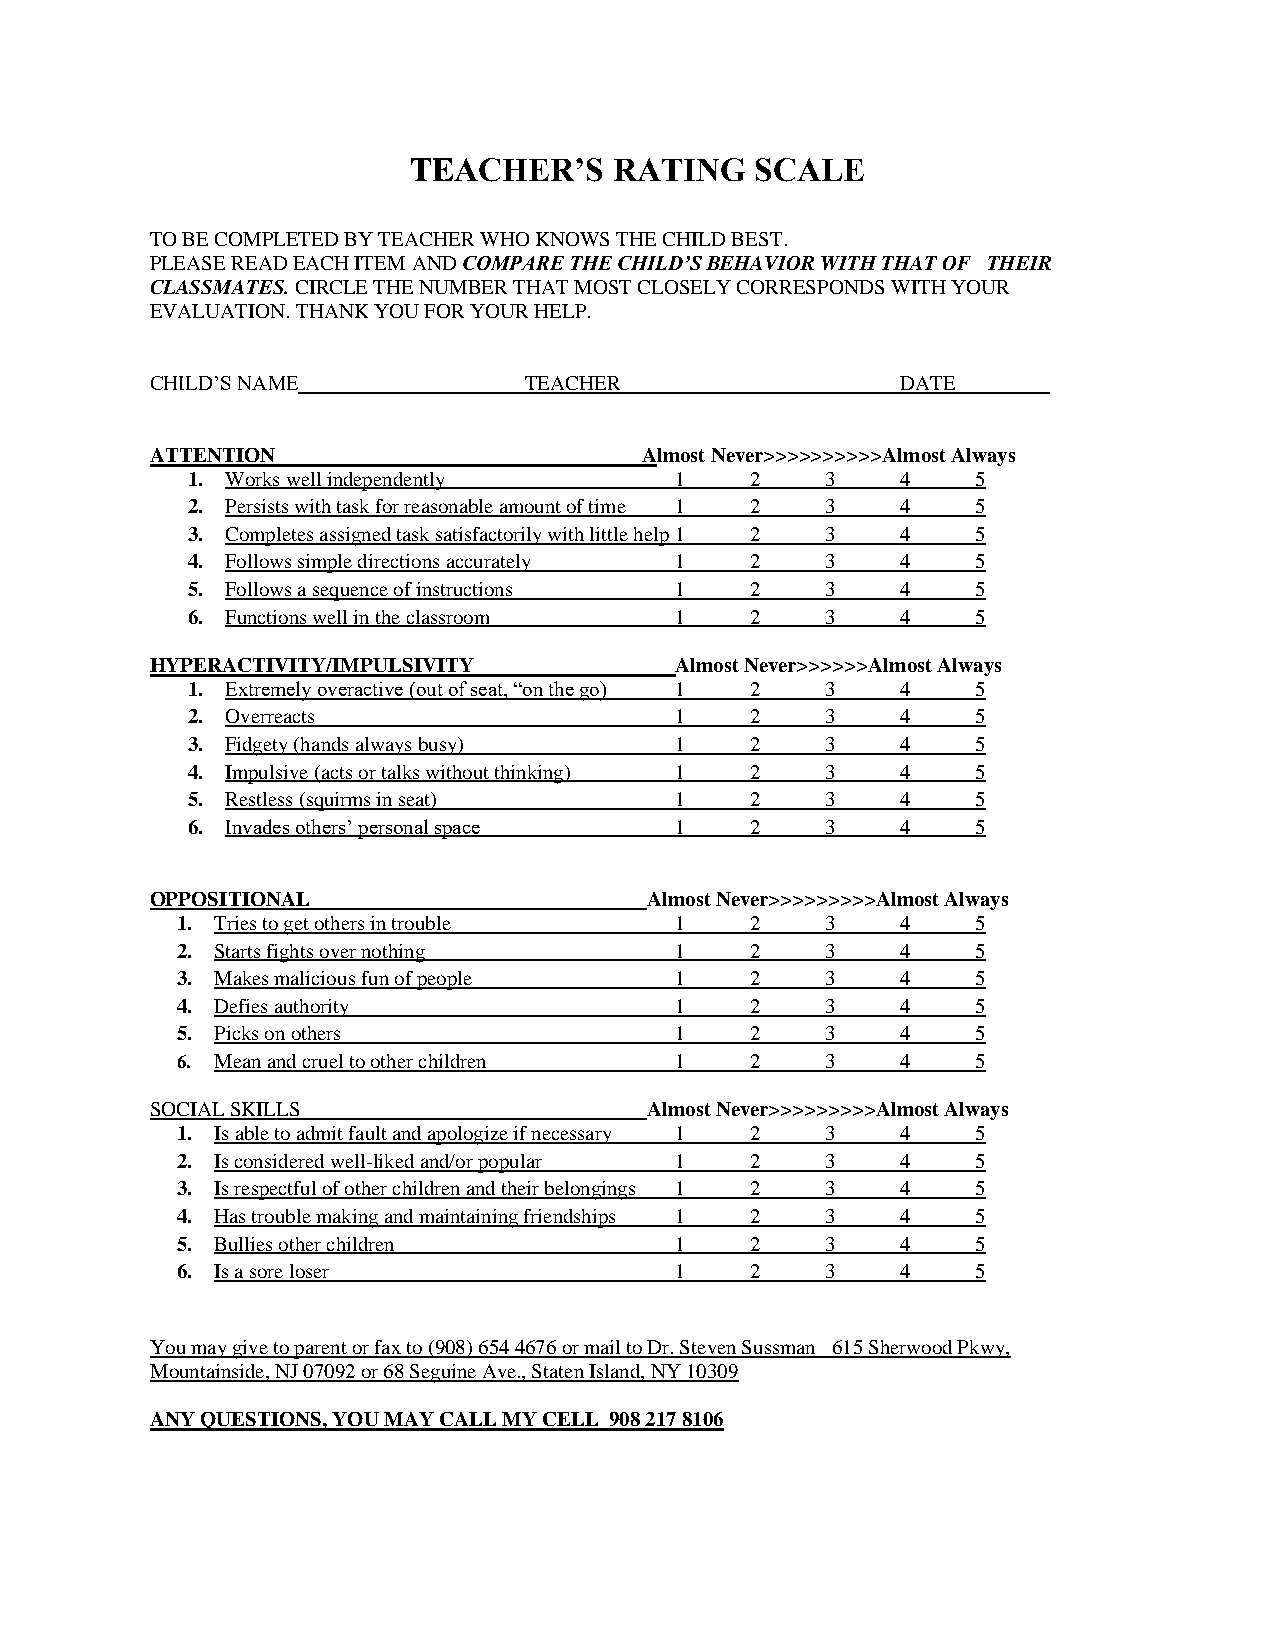
TEACHER’S     RATING   SCALE
 TO BE COMPLETED BY TEACHER WHO KNOWS THE CHILD BEST.
 PLEASE READ EACH ITEM AND COMPARE THE CHILD’S BEHAVIOR WITH THAT OF THEIR
 CLASSMATES. CIRCLE THE NUMBER THAT MOST CLOSELY CORRESPONDS WITH YOUR
 EVALUATION. THANK YOU FOR YOUR HELP.
 CHILD’S NAME             TEACHER                  DATE
 ATTENTION                       Almost Never>>>>>>>>>>Almost Always
 1. Works well independently      1    2    3    4    5
 2. Persists with task for reasonable amount of time 1 2 3 4 5
 3. Completes assigned task satisfactorily with little help 1 2 3 4 5
 4. Follows simple directions accurately 1 2 3   4    5
 5. Follows a sequence of instructions 1 2  3    4    5
 6. Functions well in the classroom 1  2    3    4    5
 HYPERACTIVITY/IMPULSIVITY          Almost Never>>>>>>Almost Always
 1. Extremely overactive (out of seat, “on the go) 1 2 3 4 5
 2. Overreacts                    1    2    3    4    5
 3. Fidgety (hands always busy)   1    2    3    4    5
 4. Impulsive (acts or talks without thinking) 1 2 3 4 5
 5. Restless (squirms in seat)    1    2    3    4    5
 6. Invades others’ personal space 1   2    3    4    5
 OPPOSITIONAL                     Almost Never>>>>>>>>>Almost Always
 1. Tries to get others in trouble 1   2    3    4    5
 2. Starts fights over nothing    1    2    3    4    5
 3. Makes malicious fun of people 1    2    3    4    5
 4. Defies authority              1    2    3    4    5
 5. Picks on others               1    2    3    4    5
 6. Mean and cruel to other children 1 2    3    4    5
 SOCIAL SKILLS                    Almost Never>>>>>>>>>Almost Always
 1. Is able to admit fault and apologize if necessary 1 2 3 4 5
 2. Is considered well-liked and/or popular 1 2 3 4   5
 3. Is respectful of other children and their belongings 1 2 3 4 5
 4. Has trouble making and maintaining friendships 1 2 3 4 5
 5. Bullies other children        1    2    3    4    5
 6. Is a sore loser               1    2    3    4    5
 You may give to parent or fax to (908) 654 4676 or mail to Dr. Steven Sussman 615 Sherwood Pkwy,
 Mountainside, NJ 07092 or 68 Seguine Ave., Staten Island, NY 10309
 ANY QUESTIONS, YOU MAY CALL MY CELL 908 217 8106